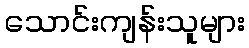
သောင်းကျန်းသူများ